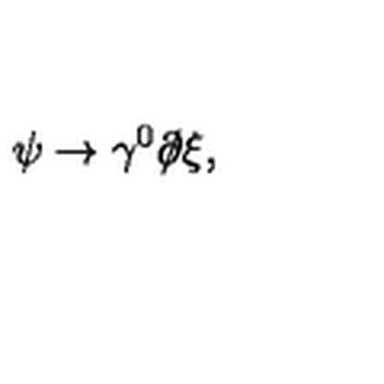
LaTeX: \psi \rightarrow \gamma ^ { 0 } \partial \! \! \! / \xi ,